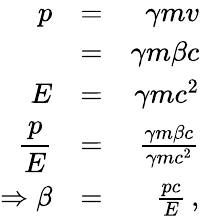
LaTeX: \begin{array}{rlr}{\displaystyle p}&{=}&{\gamma mv}\\ {\displaystyle}&{=}&{\gamma m\beta c}\\ {\displaystyle E}&{=}&{\gamma mc^{2}}\\ {\displaystyle\frac{p}{E}}&{=}&{\frac{\gamma m\beta c}{\gamma mc^{2}}}\\ {\displaystyle\Rightarrow\beta}&{=}&{\frac{pc}{E}\, ,}\end{array}